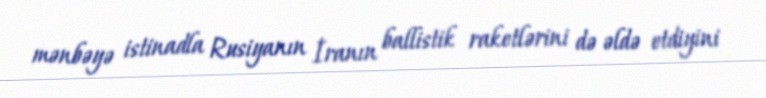
mənbəyə istinadla Rusiyanın İranın ballistik raketlərini də əldə etdiyini